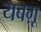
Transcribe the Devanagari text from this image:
यबग़ू